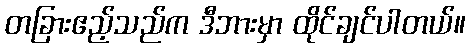
တခြားဧည့်သည်က ဒီဘားမှာ ထိုင်ချင်ပါတယ်။